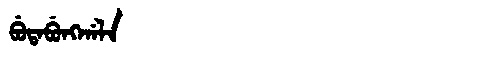
Manchu: ᠪᡠᡨᠠᠪᡠᠩᡤᠠᠯᠠ
Romanization: BUTABUNGGALA